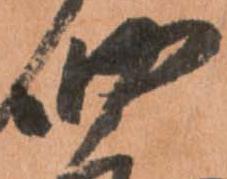
四